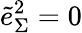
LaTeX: \tilde{e}_{\Sigma}^{2}=0